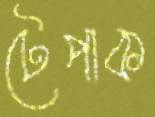
টেপাক